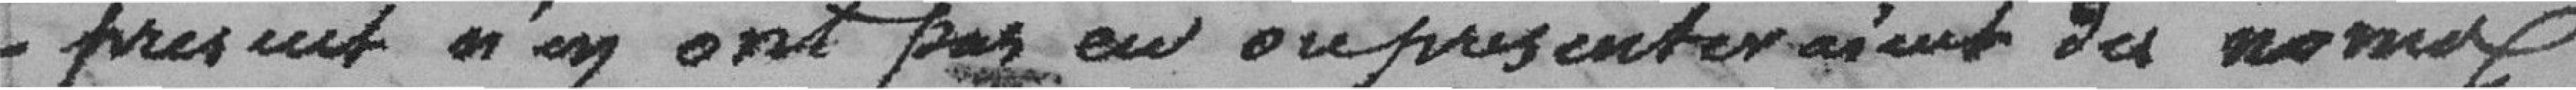
présent n'en ont pas eu ou présenteraient des noms